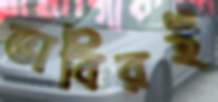
ভাবিরই